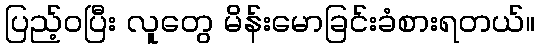
ပြည့်ဝပြီး လူတွေ မိန်းမောခြင်းခံစားရတယ်။